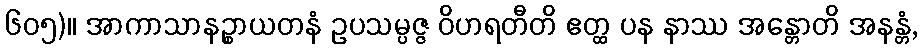
၆၀၅)။ အာကာသာနဉ္စာယတနံ ဥပသမ္ပဇ္ဇ ဝိဟရတီတိ ဧတ္ထ ပန နာဿ အန္တောတိ အနန္တံ,